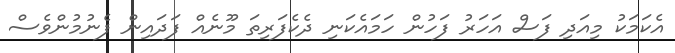
އެކަމަކު މިއަދި ފަސް އަހަރު ފަހުން ހަމައެކަނި ދެކެފަރިތަ މޫނެއް ފަދައިން ފެނުމުންވެސް